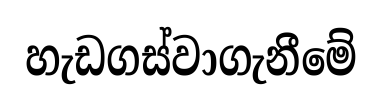
හැඩගස්වාගැනීමේ